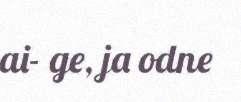
ai- ge, ja odne